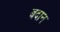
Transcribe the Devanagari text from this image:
बदान